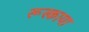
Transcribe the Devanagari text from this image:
रूस्काया